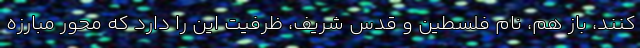
کنند، باز هم، نام فلسطین و قدس شریف، ظرفیت این را دارد که محور مبارزه